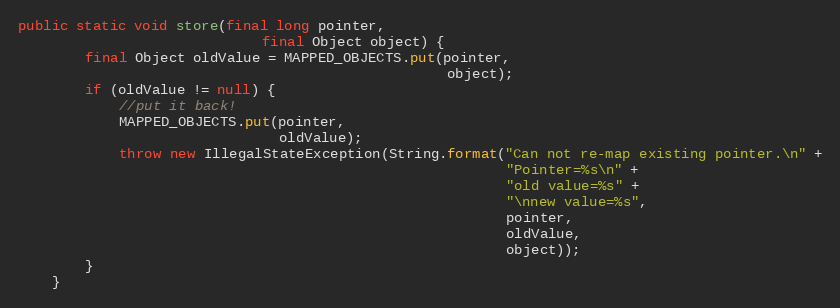
Language: Java
public static void store(final long pointer,
                             final Object object) {
        final Object oldValue = MAPPED_OBJECTS.put(pointer,
                                                   object);
        if (oldValue != null) {
            //put it back!
            MAPPED_OBJECTS.put(pointer,
                               oldValue);
            throw new IllegalStateException(String.format("Can not re-map existing pointer.\n" +
                                                          "Pointer=%s\n" +
                                                          "old value=%s" +
                                                          "\nnew value=%s",
                                                          pointer,
                                                          oldValue,
                                                          object));
        }
    }